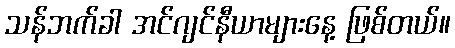
သန်ဘက်ခါ အင်ဂျင်နီယာများနေ့ ဖြစ်တယ်။